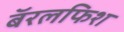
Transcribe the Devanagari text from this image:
बॅरलफिश